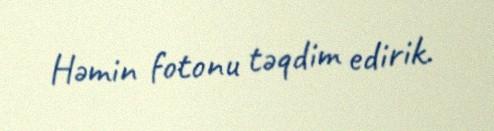
Həmin fotonu təqdim edirik.